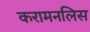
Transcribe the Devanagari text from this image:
करामनलिस